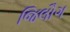
જિલૌગ